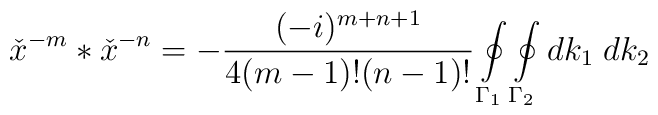
{\check{x}}^{-m}\ast{\check{x}}^{-n}=-\frac {(-i)^{m+n+1}} {4(m-1)!(n-1)!}\oint\limits_{{\Gamma}_1}\oint\limits_{{\Gamma}_2}dk_1\;dk_2